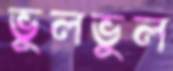
ভুলভুল